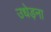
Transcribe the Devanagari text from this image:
उधेड़ना